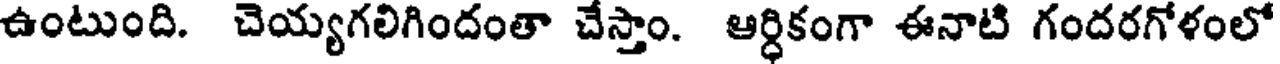
ఉంటుంది. చెయ్యగలిగిందంతా చేస్తాం. ఆర్ధికంగా ఈనాటి గందరగోళంలో